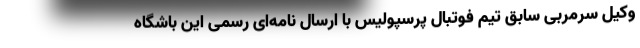
وکیل سرمربی سابق تیم فوتبال پرسپولیس با ارسال نامه‌ای رسمی این باشگاه